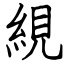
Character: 絸